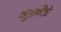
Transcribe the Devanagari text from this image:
भुडकीचे